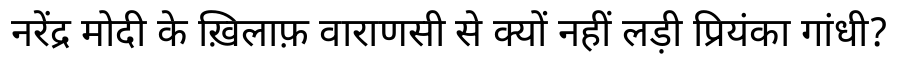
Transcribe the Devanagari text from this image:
नरेंद्र मोदी के ख़िलाफ़ वाराणसी से क्यों नहीं लड़ी प्रियंका गांधी?